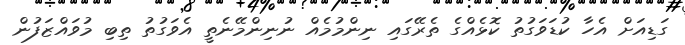
ގަޑިއަށް އެހާ ކުޑަވަގުތު ކޮޅެއްގެ ތެރޭގައި ނިންމުމެއް ނުނިންމޭނެތީ އެވަގުތު ތިބި މުވައްޒަފުން